Annual report on the health of the army in India
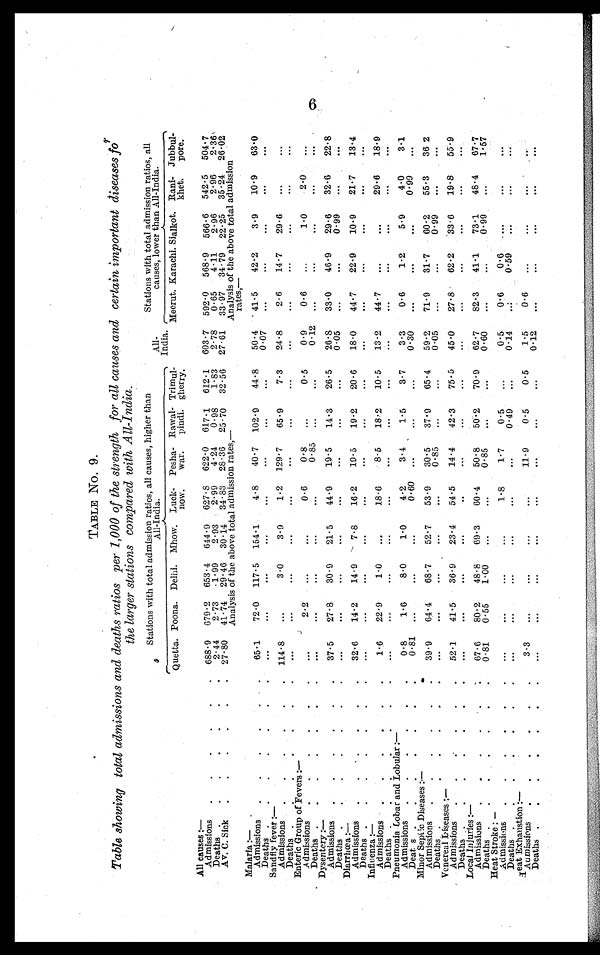
TABLE No. 9.
Table showing total admissions and deaths ratios per 1,000 of the strength for all causes and certain important diseases for
the larger stations compared with All-India.
Stations with total admission ratios, all causes, higher than
All-India.
All-
India.
Stations with total admission ratios, all
causes, lower than All-India.
Meerut. Karachi. Sialkot. Rani-
khet.
Jubbul-
pore.
Quetta. Poona. Delhi. Mhow. Luck-
now.
Pesha-
war.
Rawal-
pindi.
Trimul-
gherry.
All causes :—
688.9 679.2 653.4 644.9 627.8 622.0 617.1 612.1 603.7 592.0 568.9 566.6 542.5 504.7
Admissions . . .
4.11
2.96
2.96
2.36
2.93
2.99
4.24
0.98
1.83
2.78
0.65
2.44
2.73
1.99
Deaths . . .
34.79 22.25 35.24 26.02
27.61 33.97
27.80 41.74 29.46 30.14 34.83 28.36 25.70 32.56
Av. C. Sick . . .
Analysis of the above total admission rates,—
Analysis of the above total admission
rates, —
Malaria :— .
65.1
72.0 117.5 154.1
4.8
40.7 102.9
44.8
50.4 41.5
42.2
3.9
10.9
63.0
Admissions . . .
0.07
. . .
. . .
. . .
. . .
. . .
Deaths . . .
. . .
. . .
. . .
. . .
. . .
. . .
. . .
. . .
Sandfly fever :—
114.8
. . .
3.0
3.9
1.2 129.7
65.9
7.3
24.8
2.6
14.7
29.6
. . .
. . .
Admissions . . .
Deaths . . .
. . .
. . .
. . .
. . .
. . .
. . .
. . .
. . .
. . .
. . .
. . .
. . .
. . .
. . .
Enteric Group of Fevers:—
. . .
2.2
. . .
. . .
0.6
0.8
. . .
0.5
0.9
0.6
. . .
1.0
2.0
. . .
Admissions . . .
0.12
0.85
. . .
. . .
. . .
. . .
. . .
Deaths . . .
. . .
. . .
. . .
. . .
. . .
. . .
Dysentery :—
37.5
27.8
30.9
21.5
44.9
19.5
14.3
26.5
26.8
33.0
46.9
29.6
32.6
22.8
Admissions . . .
0.05
. . .
. . . 0.99
. . .
. . .
Deaths . . .
. . .
. . .
. . .
. . .
. . .
. . .
. . .
Diarrhœa :—
32.6
14.2
14.9
7.8
16.2
19.5
19.2
20.6
18.0
44.7
22.9
10.9
21.7
13.4
Admissions . . .
. . .
. . .
. . .
. . .
. . .
. . .
. . .
Deaths . . .
. . .
. . .
. . .
. . .
. . .
. . .
Influenza :—
1.6
22.9
1.0
. . .
18.6
8.5
18.2
10.5
13.2
44.7
. . .
. . . 29.6
18.9
Admissions . . .
. . .
. . .
Deaths . . .
. . .
. . .
. . .
. . .
. . .
. . .
. . .
. . .
. . .
. . .
. . .
. . .
Pneumonia Lobar and Lobular:—
0.8
1.6
8.0
1.0
4.2
3.4
1.5
3.7
3.3
0.6
1.2
5.9
4.0
3.1
Admissions . . .
0.99
0.30
0.60
0.81
Deaths . . .
. . .
. . .
. . .
. . .
. . .
. . .
. . .
. . .
. . .
. . .
Minor Septic Diseases :—
39.9
64.4
68.7
52.7
53.9
30.5
37.9 65.4
59.2
71.9
31.7
60.2
55.3
36.2
Admissions . . .
0.99
. . .
. . .
0.85
0.05
Deaths . . .
. . .
. . .
. . .
. . .
. . .
. . .
. . .
. . .
. . .
Venereal Diseases :—
55.9
52.1
41.5
36.9
23.4
54.5
14.4
42.3
75.5
45.0
27.8
62.2
33.6
19.8
Admissions . . .
Deaths . . .
. . .
. . .
. . .
. . .
. . .
. . .
. . .
. . .
. . .
. . .
. . .
. . .
. . .
. . .
Local Injuries :—
67.6
80.2
48.8
69.3
60.4
50.8
50.2
70.9
62.7
82.3
41.1
73.1
48.4
67.7
Admissions . . .
1.57
0.60
0.99
0.81
0.55
1.00
. . .
. . .
0.85
. . .
. . .
. . .
. . .
. . .
Deaths . . .
Heat Stroke :—
. . .
. . .
. . .
. . .
1.8
1.7
0.5
. . .
0.5
0.6
0.6
. . .
. . .
. . .
Admissions . . .
0.59
0.49
0.14
Deaths . . .
. . .
. . .
. . .
. . .
. . .
. . .
. . .
. . .
. . .
. . .
. . .
Heat Exhaustion :—
3.3
. . .
. . .
. . .
. . .
11.9
0.5
0.5
1.5
0.6
. . .
. . .
. . .
. . .
A d m i s s i o n s . . .
. . .
. . .
. . .
. . .
. . .
. . .
Deaths . . .
. . .
. . .
. . .
. . .
. . .
. . .
. . .
. . .
6